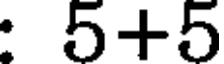
: 5+5